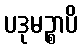
ပဒုမဉ္စာပိ